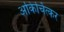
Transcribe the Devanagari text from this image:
अकिचिंत्कर